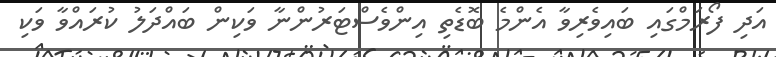
އަދި ފޯރަމްގައި ބައިވެރިވާ އެންމެ ބޮޑެތި އިންވެސްޓަރުންނާ ވަކިން ބައްދަލު ކުރައްވާ ވަކި